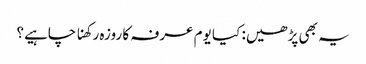
یہ بھی پڑھیں: کیا یوم عرفہ کا روزہ رکھنا چاہیے؟